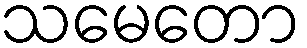
သမေတော